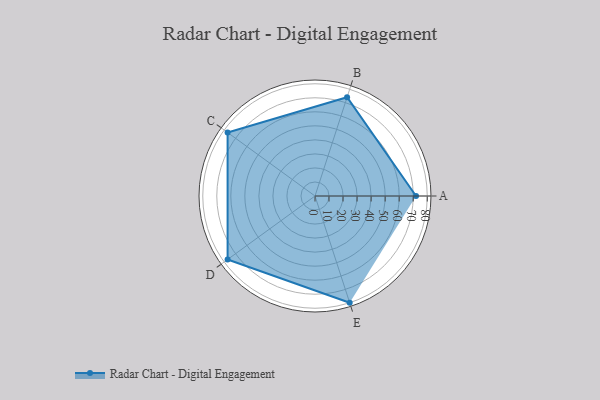
{"axis": {"x": "Skill", "y": "Score"}, "legend": ["Profile"], "data": [{"x": "A", "y": 72.0, "type": "Profile"}, {"x": "B", "y": 74.0, "type": "Profile"}, {"x": "C", "y": 77.0, "type": "Profile"}, {"x": "D", "y": 77.0, "type": "Profile"}, {"x": "E", "y": 80.0, "type": "Profile"}]}